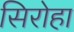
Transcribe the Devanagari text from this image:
सिरोहा